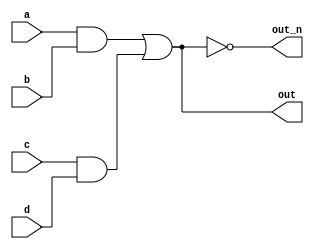
`default_nettype none
module top_module(
    input a,
    input b,
    input c,
    input d,
    output out,
    output out_n   
    );
  wire w1,w2;
    
  assign w1 = a & b;
  assign w2 = c & d;
  assign out = w1 | w2;
  assign out_n = ~out;

endmodule